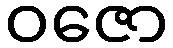
ဝဇော